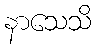
နာသေသိ